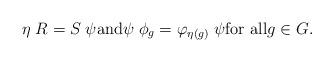
LaTeX: \begin{align*}\eta \; R = S \; \psi \textrm{and} \psi \; \phi_g = \varphi_{\eta(g)} \; \psi \textrm{for all} g \in G.\end{align*}